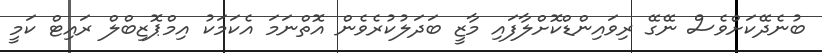
ބުނެދޭކަށްވެސް ނޭގޭ ރިވައިންޑްކޮށްލާފައި މާޒީ ބަދަލުކުރެވެން އޮތްނަމަ އެކަމަކު އިމްޕޮޒިބްލް ރައިޓް ކަމީ